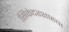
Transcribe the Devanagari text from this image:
सिकंदरशाहचा